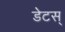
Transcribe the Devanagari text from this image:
डेटस्‌